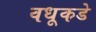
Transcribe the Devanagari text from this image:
वधूकडे